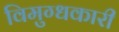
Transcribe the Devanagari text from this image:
विमुग्धकारी